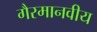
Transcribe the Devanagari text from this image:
गैरमानवीय